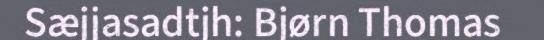
Sæjjasadtjh: Bjørn Thomas